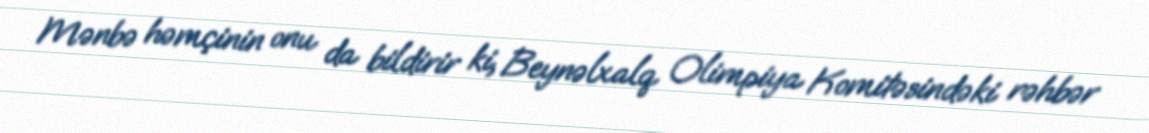
Mənbə həmçinin onu da bildirir ki, Beynəlxalq Olimpiya Komitəsindəki rəhbər